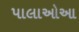
પાલાઓઆ